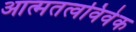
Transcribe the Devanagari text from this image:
आत्मतत्वविवेक